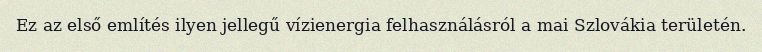
Ez az első említés ilyen jellegű vízienergia felhasználásról a mai Szlovákia területén.